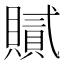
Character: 𧸐